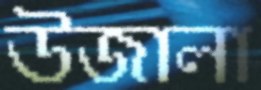
উজালা